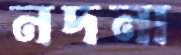
নদনা